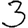
Digit: 3